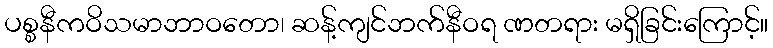
ပစ္စနီကဝိသမာဘာဝတော၊ ဆန့်ကျင်ဘက်နီဝရ ဏတရား မရှိခြင်းကြောင့်။